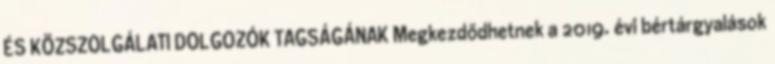
ÉS KÖZSZOLGÁLATI DOLGOZÓK TAGSÁGÁNAK Megkezdődhetnek a 2019. évi bértárgyalások